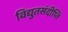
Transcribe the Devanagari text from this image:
विद्युतसंदीप्ति